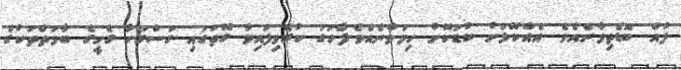
ފުއް ބޮޑެތިވާނެއެވެ. އެއްކޮޅަށް ކުޑަކޮށް ހިމަވާނެއެވެ.ފާހަގަ ކުރެވިފައިވާ ގޮތުގައި ގަސްގަހާ ގެހީގެ ބާވަތްތަކުގެ